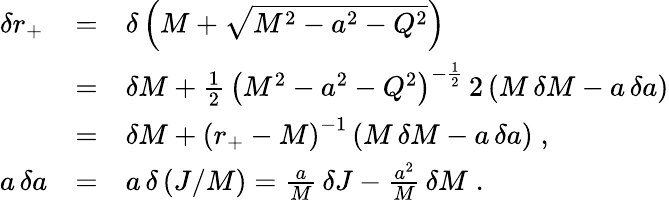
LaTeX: \begin{array}{lll}{{\delta r_{+}}}&{{=}}&{{\delta\left(M+\sqrt{M^{2}-a^{2}-Q^{2}}\right)}}\\ {{}}&{{=}}&{{\delta M+{\frac{1}{2}}\, {\left(M^{2}-a^{2}-Q^{2}\right)}^{-{\frac{1}{2}}}\, 2\left(M\, \delta M-a\, \delta a\right)}}\\ {{}}&{{=}}&{{\delta M+{\left(r_{+}-M\right)}^{-1}\left(M\, \delta M-a\, \delta a\right)\; ,}}\\ {{a\, \delta a}}&{{=}}&{{a\, \delta\left(J/M\right)={\frac{a}{M}}\, \delta J-{\frac{a^{2}}{M}}\, \delta M\; .}}\end{array}